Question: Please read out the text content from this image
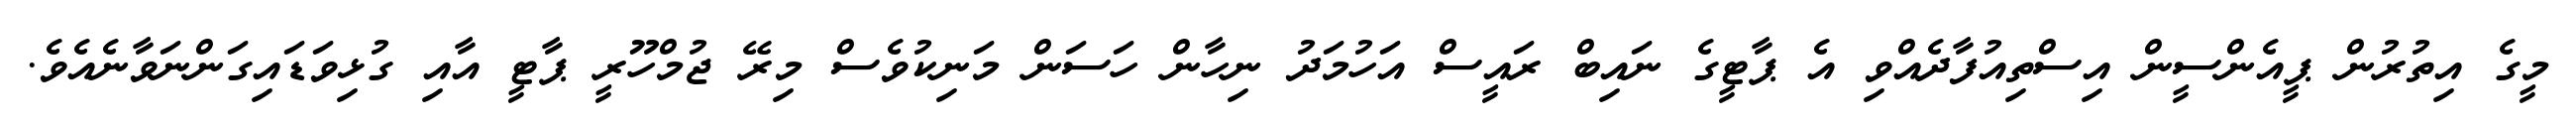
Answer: މީގެ އިތުރުން ޕީއެންސީން އިސްތިއުފާދެއްވި އެ ޕާޓީގެ ނައިބް ރައީސް އަހުމަދު ނިހާން ހަސަން މަނިކުވެސް މިރޭ ޖުމްހޫރީ ޕާޓީ އާއި ގުޅިވަޑައިގަންނަވާނެއެވެ.